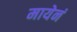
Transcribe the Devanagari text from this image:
मायेनं